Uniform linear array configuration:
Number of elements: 64
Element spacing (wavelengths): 0.5
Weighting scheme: cosine
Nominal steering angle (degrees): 30
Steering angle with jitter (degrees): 28.905
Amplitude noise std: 0.05
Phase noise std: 0.05

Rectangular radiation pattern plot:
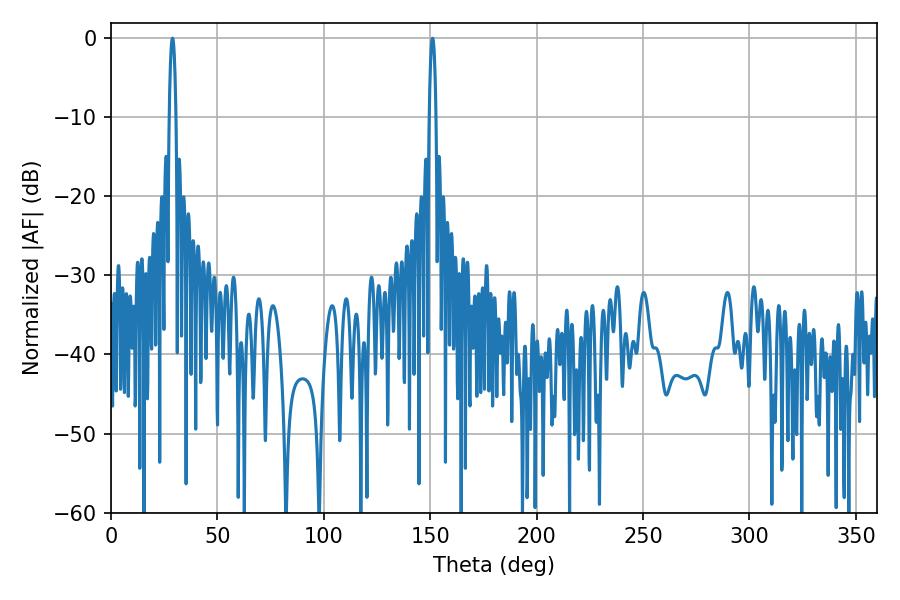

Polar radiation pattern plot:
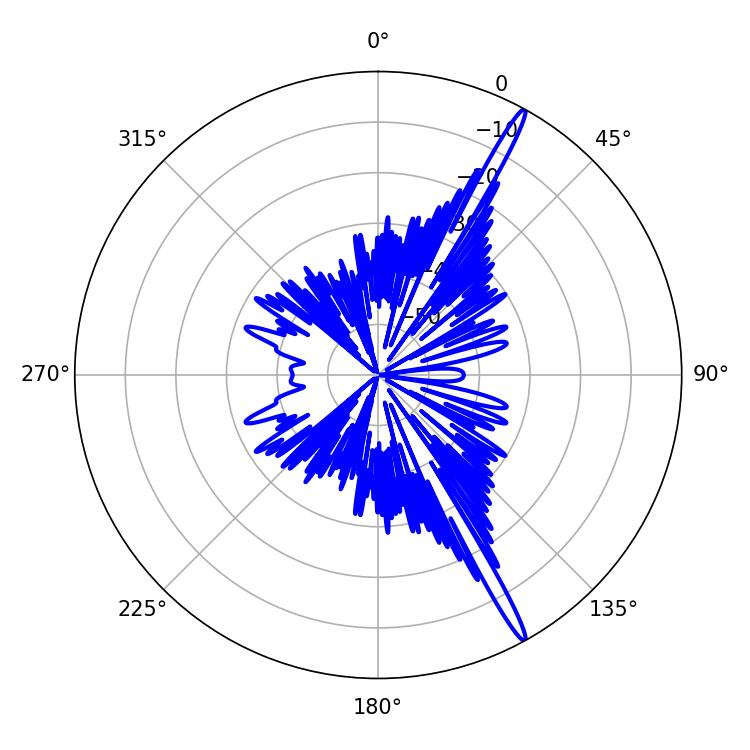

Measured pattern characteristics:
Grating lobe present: FALSE
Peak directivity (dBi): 17.59
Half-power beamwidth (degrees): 1.62
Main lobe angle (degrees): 151.02